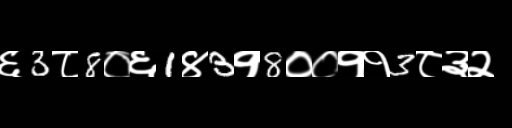
Text: ६3८8०६1४3१8००११3८३२